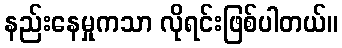
နည်းနေမှုကသာ လိုရင်းဖြစ်ပါတယ်။